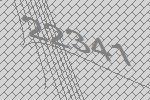
22341